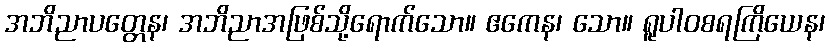
အဘိညာပတ္တေန၊ အဘိညာအဖြစ်သို့ရောက်သော။ ဧကေန၊ သော။ ရူပါဝစရကြိယေန၊